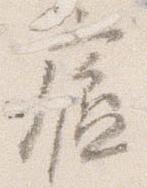
廬